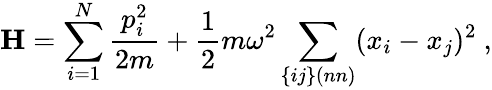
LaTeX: \mathbf{H}=\sum_{i=1}^{N}{\frac{p_{i}^{2}}{2m}}+{\frac{1}{2}}m\omega^{2}\sum_{\{ ij\} (nn)}(x_{i}-x_{j})^{2}~,